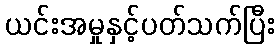
ယင်းအမှုနှင့်ပတ်သက်ပြီး